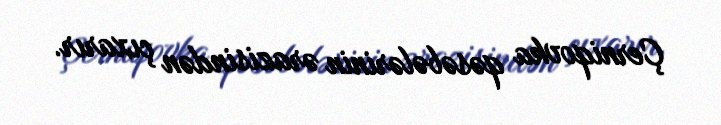
Çerniqovka qəsəbələrinin ərazisindən çıxarır.